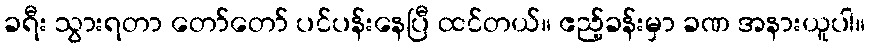
ခရီး သွားရတာ တော်တော် ပင်ပန်းနေပြီ ထင်တယ်။ ဧည့်ခန်းမှာ ခဏ အနားယူပါ။